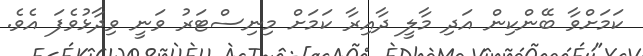
ކަމަށްވާ ބޭންކިން އަދި މާލީ ދާއިރާ ކަމަށް މިނިސްޓަރު ވަނީ ވިދާޅުވެފަ އެވެ.